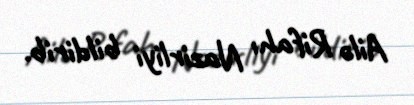
Ailə Rifahı Nazirliyi bildirib.